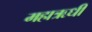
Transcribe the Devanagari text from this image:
महाऋधी